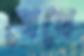
গেথে